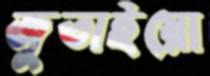
জুতাইয়ো